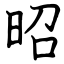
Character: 昭